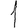
Digit: 1